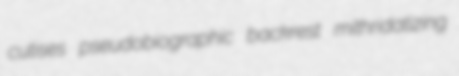
cutises pseudobiographic backrest mithridatizing